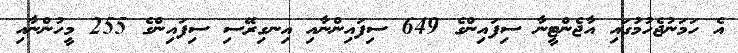
އެ ހަމަނުޖެހުމުގައި އާޖެންޓީނާ ސިފައިންގެ 649 ސިފައިންނާއި އިނގިރޭސި ސިފައިންގެ 255 މީހުންނާއި